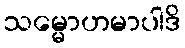
သမ္မောဟမာပါဒိ